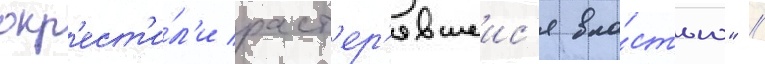
окр'ест'и́л'и раст'ер'явшеис'я вла́стью" //